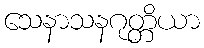
သေနာသနဂုတ္တိယာ